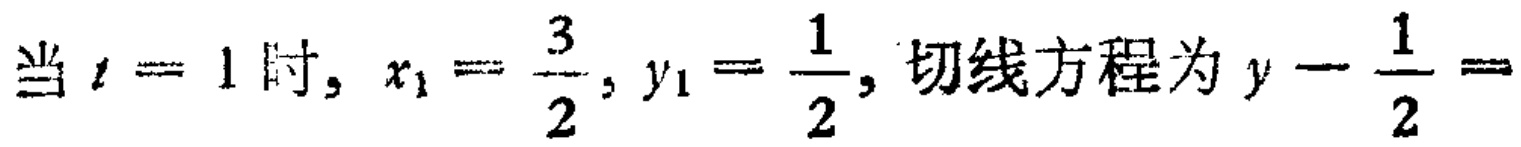
当 \(t = 1\) 时, \(x_{1}=\frac{3}{2}, y_{1}=\frac{1}{2}\), 切线方程为 \(y - \frac{1}{2}=\)